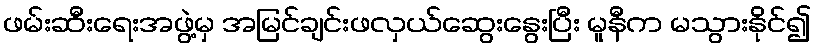
ဖမ်းဆီးရေးအဖွဲ့မှ အမြင်ချင်းဖလှယ်ဆွေးနွေးပြီး မူနီက မသွားနိုင်၍